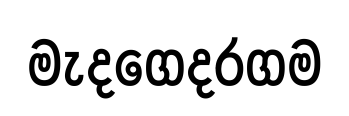
මැදගෙදරගම